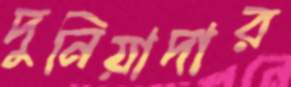
দুনিয়াদার